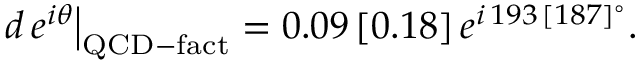
\left. d \, e ^ { i \theta } \right| _ { \mathrm { Q C D - f a c t } } = 0 . 0 9 \, [ 0 . 1 8 ] \, e ^ { i \, 1 9 3 \, [ 1 8 7 ] ^ { \circ } } .